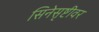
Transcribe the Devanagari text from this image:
सिनेसृष्टीवर